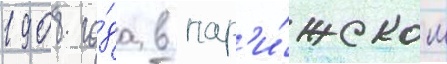
1908 го́да в пар'и́жском